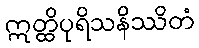
ဣတ္ထိပုရိသနိဿိတံ